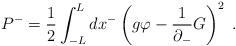
LaTeX: \begin{align*}P^- = \frac{1}{2} \int_{-L}^L dx^- \left( g \varphi - \frac{1}{\partial_-} G \right)^2\; .\end{align*}